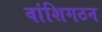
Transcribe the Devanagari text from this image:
वांशिगठन